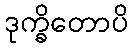
ဒုက္ခိတောပိ